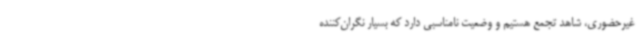
غیرحضوری، شاهد تجمع هستیم و وضعیت نامناسبی دارد که بسیار نگران‌کننده